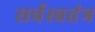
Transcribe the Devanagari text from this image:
सर्वस्वतंत्र